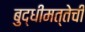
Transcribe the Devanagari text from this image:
बुद्धीमत्तेची